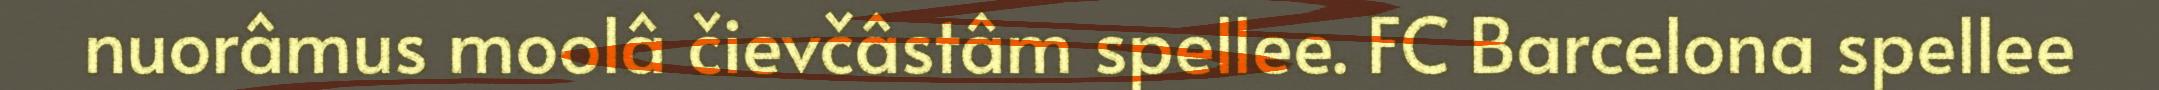
nuorâmus moolâ čievčâstâm spellee. FC Barcelona spellee